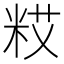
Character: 𮇗